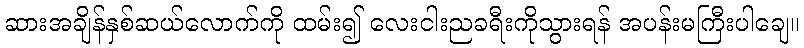
ဆားအချိန်နှစ်ဆယ်လောက်ကို ထမ်း၍ လေးငါးညခရီးကိုသွားရန် အပန်းမကြီးပါချေ။